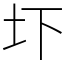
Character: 圷